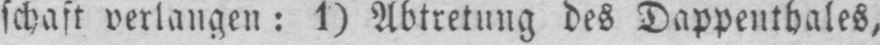
schaft verlangen: 1) Abtretung des Dappenthales,